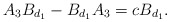
\begin{align*}A_{3}B_{d_{1}}-B_{d_{1}}A_{3}=cB_{d_{1}}.\end{align*}